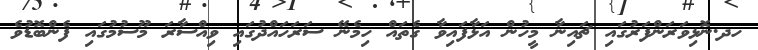
ހދ.ނޮޅިވަރަންފަރުގައި ޗައިނާ މީހުން އަޅާފައިވާ ގެތައް ހިމެނޭ ސަރަހައްދުގައި ވިއްސާރަ މޫސުމުގައި ފެންބޮޑުވެ